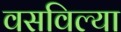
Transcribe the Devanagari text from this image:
वसविल्या